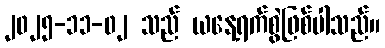
၂၀၂၅-၁၁-၀၂ သည် ယနေ့ရက်စွဲဖြစ်ပါသည်။